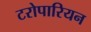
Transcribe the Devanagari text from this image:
टरोपारियन